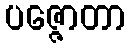
ပဇ္ဇောတာ